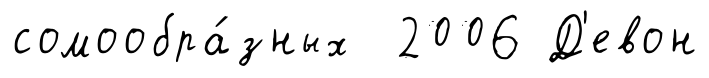
сомообра́зных 2006 Д'евон